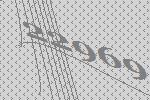
22969